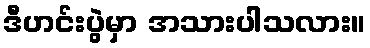
ဒီဟင်းပွဲမှာ အသားပါသလား။